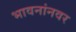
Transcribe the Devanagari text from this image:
भावनांनवर